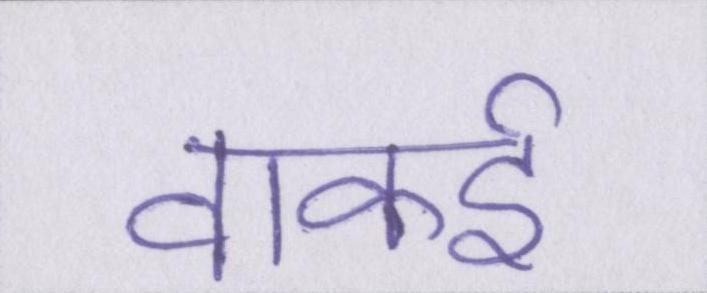
वाकई